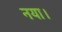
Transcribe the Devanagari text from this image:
नया।